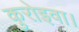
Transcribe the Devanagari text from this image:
कुरोइवा।